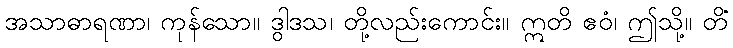
အသာဓာရဏာ၊ ကုန်သော။ ဒွါဒသ၊ တို့လည်းကောင်း။ ဣတိ ဧဝံ၊ ဤသို့။ တိံ